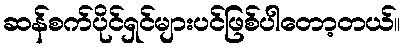
ဆန်စက်ပိုင်ရှင်များပင်ဖြစ်ပါတော့တယ်။